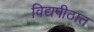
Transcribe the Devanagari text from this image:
विद्यपीठात